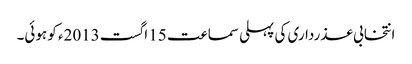
انتخابی عذرداری کی پہلی سماعت 15 اگست 2013ء کو ہوئی۔